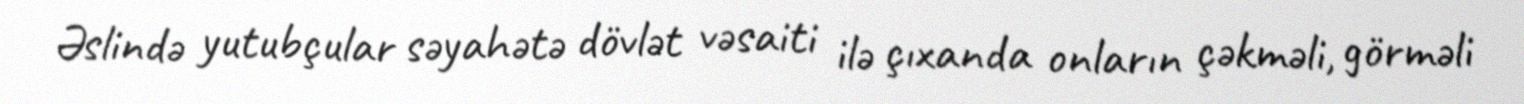
Əslində yutubçular səyahətə dövlət vəsaiti ilə çıxanda onların çəkməli, görməli